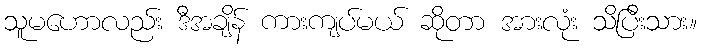
သူမဟောလည်း ဒီအချိန် ကားကျပ်မယ် ဆိုတာ အားလုံး သိပြီးသား။